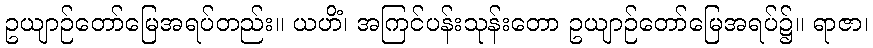
ဥယျာဉ်တော်မြေအရပ်တည်း။ ယဟိံ၊ အကြင်ပန်းသုန်းတော ဥယျာဉ်တော်မြေအရပ်၌။ ရာဇာ၊